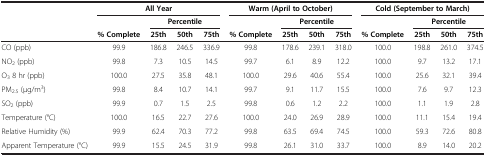
| <ROWSPAN=3>  | <COLSPAN=4> All Year | <COLSPAN=4> Warm (April to October) | <COLSPAN=4> Cold (September to March) |
 |  | <COLSPAN=3> Percentile |  | <COLSPAN=3> Percentile |  | <COLSPAN=3> Percentile |
 | % Complete | 25th | 50th | 75th | % Complete | 25th | 50th | 75th | % Complete | 25th | 50th | 75th |
 | --- | --- | --- | --- | --- | --- | --- | --- | --- | --- | --- | --- | --- |
 | CO (ppb) | 99.9 | 186.8 | 246.5 | 336.9 | 99.8 | 178.6 | 239.1 | 318.0 | 100.0 | 198.8 | 261.0 | 374.5 |
 | NO2 (ppb) | 99.8 | 7.3 | 10.5 | 14.5 | 99.7 | 6.1 | 8.9 | 12.2 | 100.0 | 9.7 | 13.2 | 17.1 |
 | O3 8 hr (ppb) | 100.0 | 27.5 | 35.8 | 48.1 | 100.0 | 29.6 | 40.6 | 55.4 | 100.0 | 25.6 | 32.1 | 39.4 |
 | PM2.5 (μg/m3) | 99.8 | 8.4 | 10.7 | 14.1 | 99.7 | 9.1 | 11.7 | 15.5 | 100.0 | 7.6 | 9.7 | 12.3 |
 | SO2 (ppb) | 99.9 | 0.7 | 1.5 | 2.5 | 99.8 | 0.6 | 1.2 | 2.2 | 100.0 | 1.1 | 1.9 | 2.8 |
 | Temperature (°C) | 100.0 | 16.5 | 22.7 | 27.6 | 100.0 | 24.0 | 26.9 | 28.9 | 100.0 | 11.1 | 15.4 | 19.4 |
 | Relative Humidity (%) | 99.9 | 62.4 | 70.3 | 77.2 | 99.8 | 63.5 | 69.4 | 74.5 | 100.0 | 59.3 | 72.6 | 80.8 |
 | Apparent Temperature (°C) | 99.9 | 15.5 | 24.5 | 31.9 | 99.8 | 26.1 | 31.0 | 33.7 | 100.0 | 8.9 | 14.0 | 20.2 |